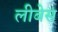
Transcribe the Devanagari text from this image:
लीबेस